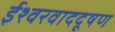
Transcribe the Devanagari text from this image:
ईश्वरवाददूषण